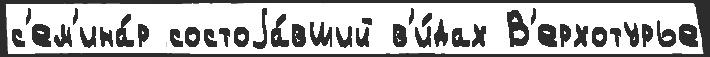
с'ем'ина́р состоjа́вший в'и́дах В'ерхотурье